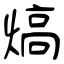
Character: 熇